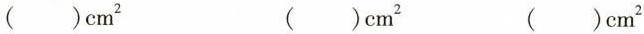
()cm^{2} ()cm^{2} ()cm^{2}